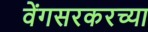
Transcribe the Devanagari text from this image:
वेंगसरकरच्या